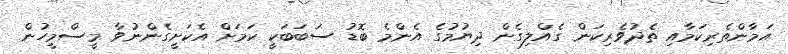
އަމާންތެރިކަމާއި ތެދުވެރިކަން ގެއްލިގެން ދިޔުމުގެ އެންމެ ބޮޑު ސަބަބަކީ ކަަމަށް އެކަށީގެންނުވާ މީސްމީހުން